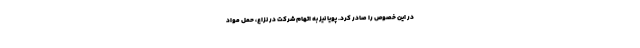
در این خصوص را صادر کرد. پویا نیز به اتهام شرکت در نزاع، حمل مواد